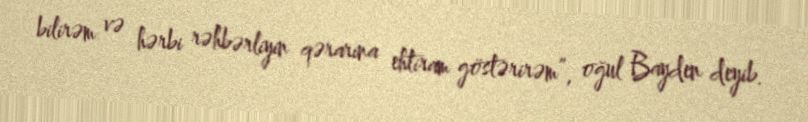
bilirəm və hərbi rəhbərliyin qərarına ehtiram göstərirəm”, oğul Bayden deyib.